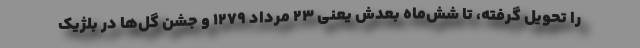
را تحویل گرفته، تا شش‌ماه بعدش یعنی ۲۳ مرداد ۱۲۷۹ و جشن گل‌ها در بلژیک